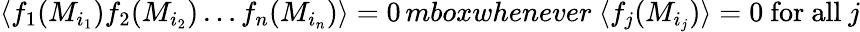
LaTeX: \langle f_{1}(M_{i_{1}})f_{2}(M_{i_{2}})\ldots f_{n}(M_{i_{n}})\rangle=0\, mbox{whenever}\ \langle f_{j}(M_{i_{j}})\rangle=0\ \mathrm{for~all}\ j